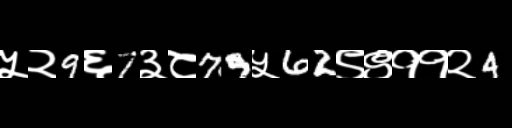
Text: ५२9६7३८79५62९९११२4